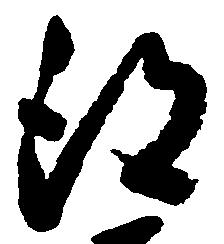
得